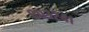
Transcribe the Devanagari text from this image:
८०३२४१